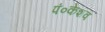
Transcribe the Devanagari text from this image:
पं०केशव